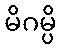
မိဂမ္ပိ